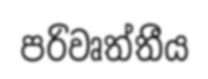
පරිවෘත්තීය